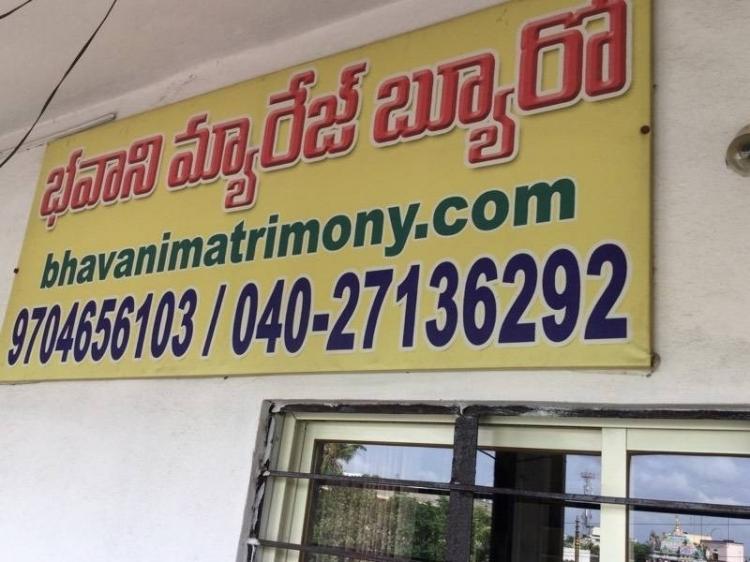
Language: telugu
Transcription: బ్యూరో మ్యారేజ్ భవాని